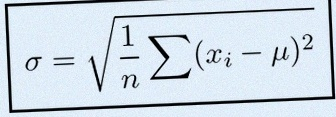
\sigma=\sqrt{\frac1n\sum(x_i-\mu)^2}